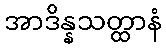
အာဒိန္နသတ္ထာနံ